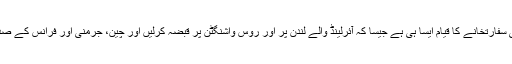
اُردونیٹ کے ذرائع کیمطابق ایک خاتون کا کہنا تھا کہ القدس میں غیرقانونی امریکی سفارتخانے کا قیام ایسا ہی ہے جیسا کہ آئرلینڈ والے لندن پر اور روس واشنگٹن پر قبضہ کرلیں اور چین، جرمنی اور فرانس کے صدر یہ تسلیم کرلیں کہ لندن آئرلینڈ کا دارالحکومت ہے اور واشنگٹن روس کا شہر ہے۔